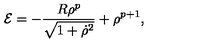
{ \cal E } = - \frac { R { \rho } ^ { p } } { \sqrt { 1 + { \dot { \rho } } ^ { 2 } } } + { \rho } ^ { p + 1 } ,